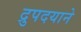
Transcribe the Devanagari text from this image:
द्रुपदयाने